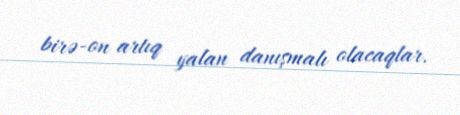
birə-on artıq yalan danışmalı olacaqlar.